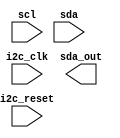
module i2c_controller (
    input wire i2c_clk,
    input wire i2c_reset,
    input wire scl,
    input wire sda,
    output reg sda_out
);

reg [7:0] data_reg;
reg start_bit;
reg [6:0] bit_counter;

// Timing control logic
always @(posedge i2c_clk) begin
    if(i2c_reset) begin
        start_bit <= 0;
        bit_counter <= 0;
        data_reg <= 8'b0;
    end else begin
        if(start_bit) begin
            if(bit_counter < 7) begin
                data_reg[bit_counter] <= sda;
                bit_counter <= bit_counter + 1;
            end else begin
                // Process received data
                // Additional logic for processing received data goes here

                start_bit <= 0;
                bit_counter <= 0;
            end
        end
    end
end

// Synchronization blocks for data transfer
always @(posedge i2c_clk) begin
    if(i2c_reset) begin
        // Reset synchronization blocks
    end else begin
        // Additional synchronization logic goes here
    end
end

// Error checking mechanism
// Additional code for error checking mechanism goes here

endmodule